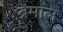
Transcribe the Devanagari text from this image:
ब्रेमाल